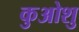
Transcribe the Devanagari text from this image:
कुओशु